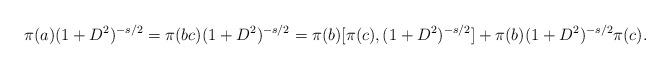
LaTeX: \begin{align*}\pi(a)(1+D^2)^{-s/2}=\pi(bc)(1+D^2)^{-s/2}=\pi(b)[\pi(c),(1+D^2)^{-s/2}] + \pi(b)(1+D^2)^{-s/2}\pi(c).\end{align*}